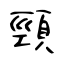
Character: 頸